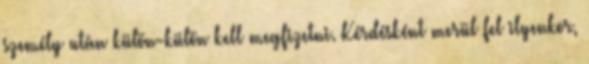
személy után külön-külön kell megfizetni. Kérdésként merül fel ilyenkor,